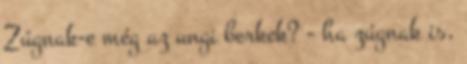
Zúgnak-e még az ungi berkek? - ha zúgnak is,